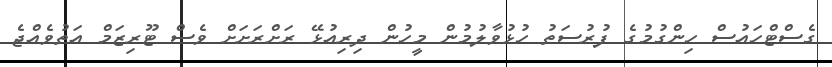
ގެސްޓްހައުސް ހިންގުމުގެ ފުރުސަތު ހުޅުވާލުމުން މީހުން ދިރިއުޅޭ ރަށްރަށަށް ވެސް ޓޫރިޒަމް އަތުވެއްޖެ